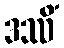
ဒဿိံ